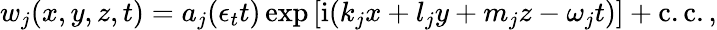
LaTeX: w_{j}(x,y,z,t)=a_{j}(\epsilon_{t}t)\exp{[\textnormal{i}(k_{j}x+l_{j}y+m_{j}z-\omega_{j}t)]}+\mathrm{c.c}.,